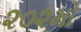
૨૦૨મો